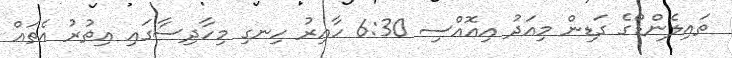
ތައިލެންޑްގެ ގަޑިން މިއަދު އިއޮއްސި 6:30 ހާއިރު ހިނގި މިހާދިސާގައި އިތުރު އެތައް